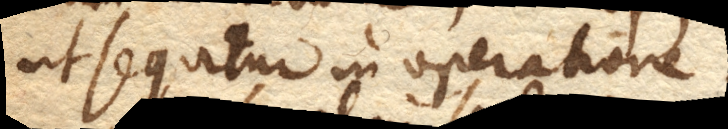
ut sequitur in operatione: